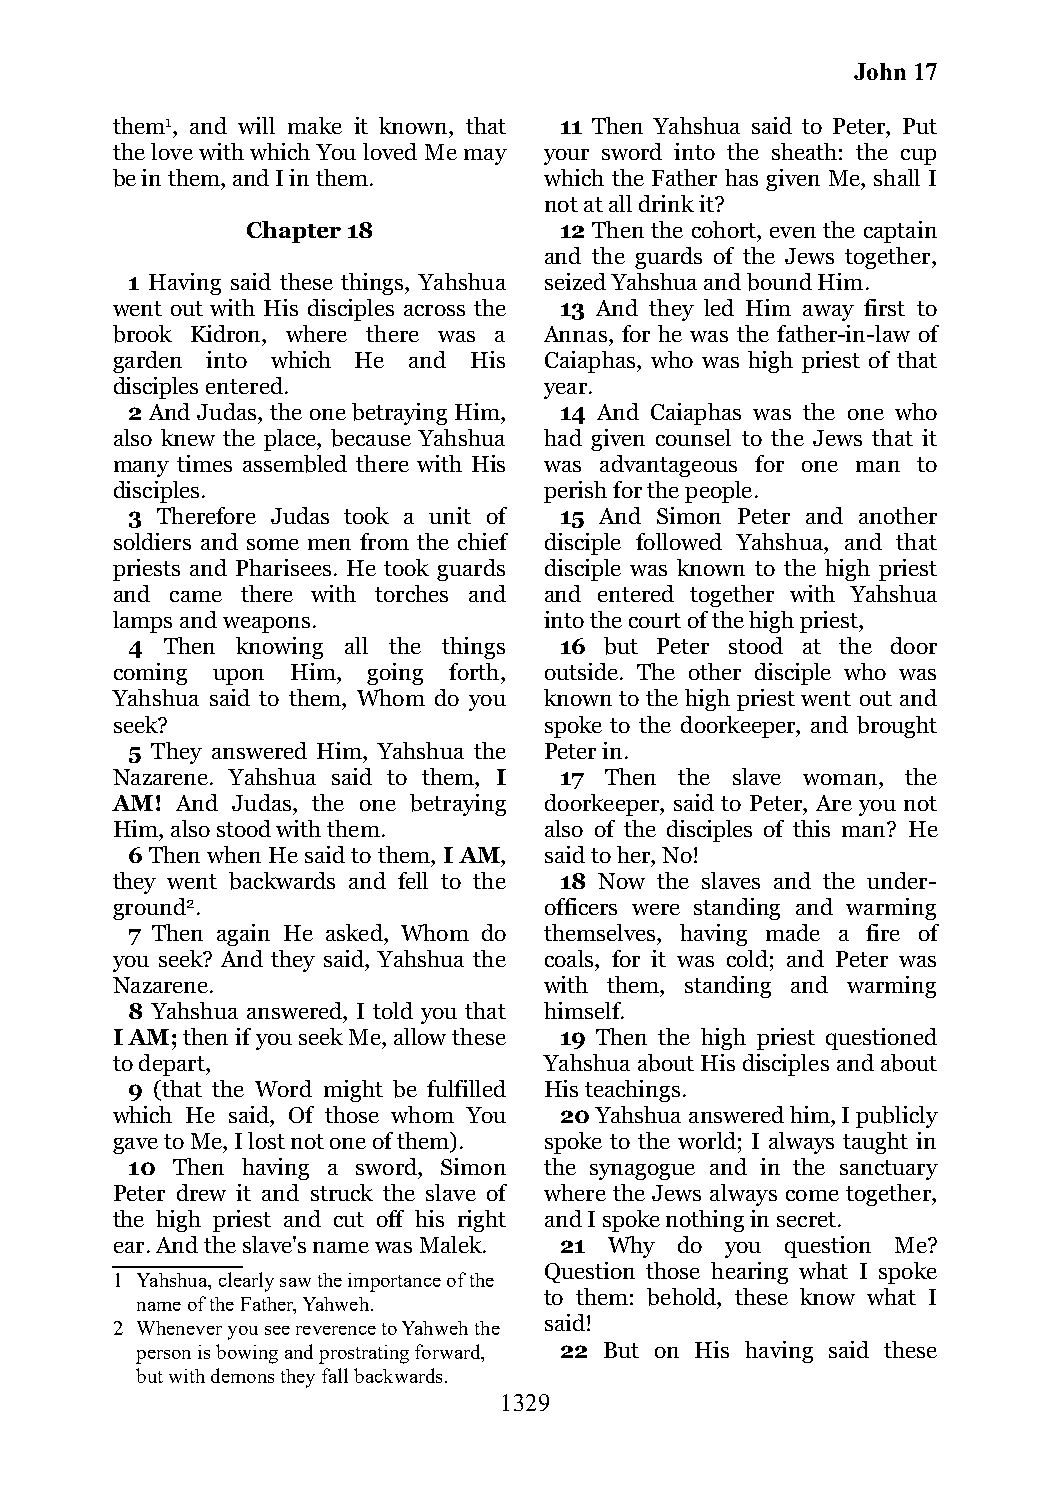
John 17
 them1, and will make it known, that 11 Then Yahshua said to Peter, Put
 the love with which You loved Me may your sword into the sheath: the cup
 be in them, and I in them.   which the Father has given Me, shall I
 not at all drink it?
 Chapter 18           12 Then the cohort, even the captain
 and the guards of the Jews together,
 1 Having said these things, Yahshua seized Yahshua and bound Him.
 went out with His disciples across the 13 And they led Him away first to
 brook Kidron, where there was a Annas, for he was the father-in-law of
 garden into which He and His Caiaphas, who was high priest of that
 disciples entered.           year.
 2 And Judas, the one betraying Him, 14 And Caiaphas was the one who
 also knew the place, because Yahshua had given counsel to the Jews that it
 many times assembled there with His was advantageous for one man to
 disciples.                   perish for the people.
 3 Therefore Judas took a unit of 15 And Simon Peter and another
 soldiers and some men from the chief disciple followed Yahshua, and that
 priests and Pharisees. He took guards disciple was known to the high priest
 and came there with torches and and entered together with Yahshua
 lamps and weapons.           into the court of the high priest,
 4  Then knowing all the things 16 but Peter stood at the door
 coming upon Him, going forth, outside. The other disciple who was
 Yahshua said to them, Whom do you known to the high priest went out and
 seek?                        spoke to the doorkeeper, and brought
 5 They answered Him, Yahshua the Peter in.
 Nazarene. Yahshua said to them, I 17 Then the slave woman, the
 AM!  And Judas, the one betraying doorkeeper, said to Peter, Are you not
 Him, also stood with them.   also of the disciples of this man? He
 6 Then when He said to them, I AM, said to her, No!
 they went backwards and fell to the 18 Now the slaves and the under-
 ground2.                     officers were standing and warming
 7 Then again He asked, Whom do themselves, having made a fire of
 you seek? And they said, Yahshua the coals, for it was cold; and Peter was
 Nazarene.                    with them, standing and warming
 8 Yahshua answered, I told you that himself.
 I AM; then if you seek Me, allow these 19 Then the high priest questioned
 to depart,                   Yahshua about His disciples and about
 9 (that the Word might be fulfilled His teachings.
 which He said, Of those whom You 20 Yahshua answered him, I publicly
 gave to Me, I lost not one of them). spoke to the world; I always taught in
 10 Then having a sword, Simon the synagogue and in the sanctuary
 Peter drew it and struck the slave of where the Jews always come together,
 the high priest and cut off his right and I spoke nothing in secret.
 ear. And the slave's name was Malek. 21 Why do you question Me?
 Question those hearing what I spoke
 1 Yahshua, clearly saw the importance of the
 to them: behold, these know what I
 name of the Father, Yahweh.
 2 Whenever you see reverence to Yahweh the said!
 person is bowing and prostrating forward, 22 But on His having said these
 but with demons they fall backwards.
 1329